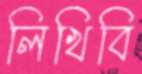
লিখিবি